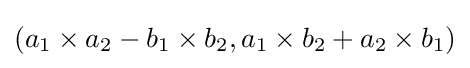
(a_{1}\times a_{2}-b_{1}\times b_{2},a_{1}\times b_{2}+a_{2}\times b_{1})